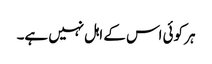
ہر کوئی اس کے اہل نہیں ہے۔